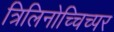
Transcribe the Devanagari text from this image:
त्रिलिनोच्चिच्पर